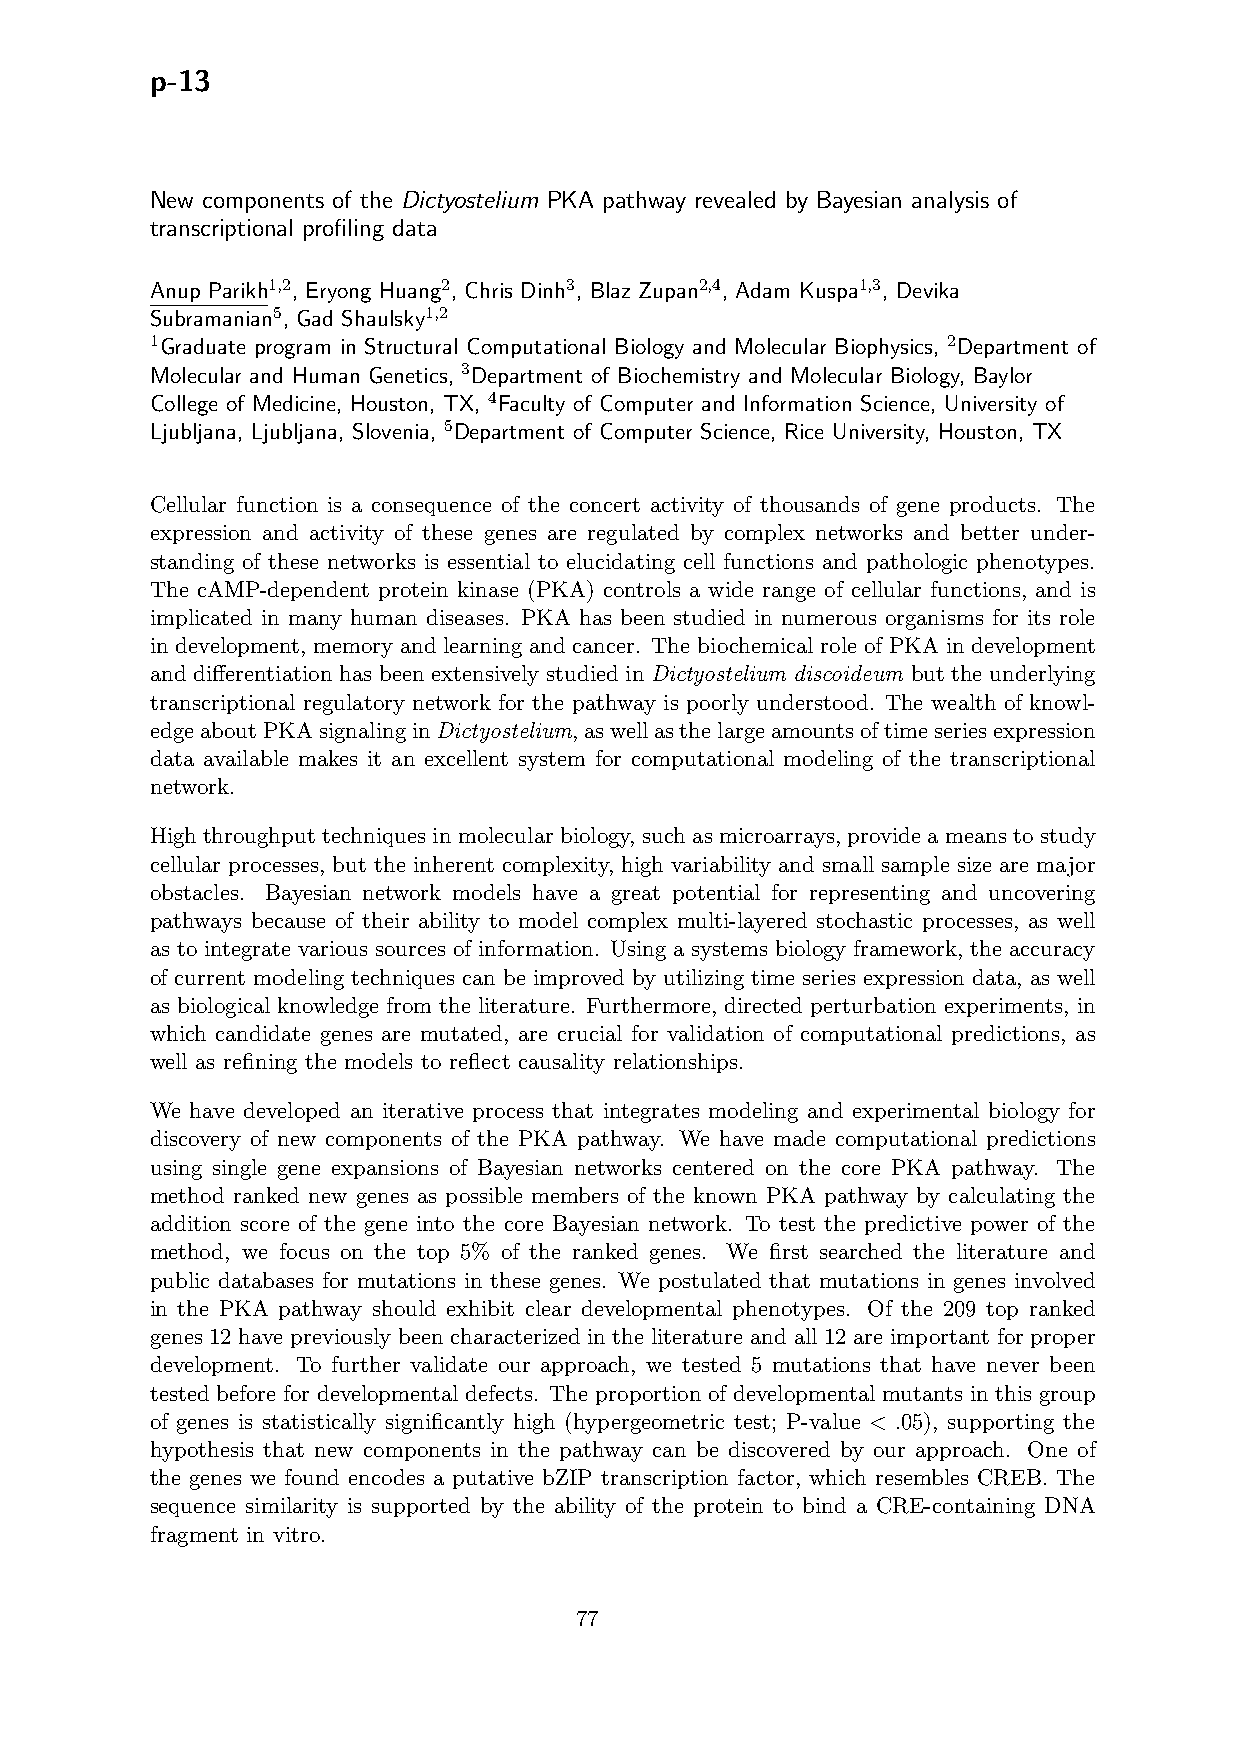
p-13
 New components of the Dictyostelium PKA pathway revealed by Bayesian analysis of
 transcriptional profiling data
 Anup Parikh1,2, Eryong Huang2, Chris Dinh3, Blaz Zupan2,4, Adam Kuspa1,3, Devika
 Subramanian5, Gad Shaulsky1,2
 1Graduate program in Structural Computational Biology and Molecular Biophysics, 2Department of
 Molecular and Human Genetics, 3Department of Biochemistry and Molecular Biology, Baylor
 College of Medicine, Houston, TX, 4Faculty of Computer and Information Science, University of
 Ljubljana, Ljubljana, Slovenia, 5Department of Computer Science, Rice University, Houston, TX
 Cellular function is a consequence of the concert activity of thousands of gene products. The
 expression and activity of these genes are regulated by complex networks and better under-
 standing of these networks is essential to elucidating cell functions and pathologic phenotypes.
 The cAMP-dependent protein kinase (PKA) controls a wide range of cellular functions, and is
 implicated in many human diseases. PKA has been studied in numerous organisms for its role
 in development, memory and learning and cancer. The biochemical role of PKA in development
 and differentiation has been extensively studied in Dictyostelium discoideum but the underlying
 transcriptional regulatory network for the pathway is poorly understood. The wealth of knowl-
 edgeaboutPKAsignalinginDictyostelium,aswellasthelargeamountsoftimeseriesexpression
 data available makes it an excellent system for computational modeling of the transcriptional
 network.
 Highthroughput techniquesin molecular biology, suchasmicroarrays, providea meansto study
 cellular processes, but the inherent complexity, high variability and small sample size are major
 obstacles. Bayesian network models have a great potential for representing and uncovering
 pathways because of their ability to model complex multi-layered stochastic processes, as well
 as to integrate various sources of information. Using a systems biology framework, the accuracy
 of current modeling techniques can be improved by utilizing time series expression data, as well
 as biological knowledge from the literature. Furthermore, directed perturbation experiments, in
 which candidate genes are mutated, are crucial for validation of computational predictions, as
 well as refining the models to reflect causality relationships.
 We have developed an iterative process that integrates modeling and experimental biology for
 discovery of new components of the PKA pathway. We have made computational predictions
 using single gene expansions of Bayesian networks centered on the core PKA pathway. The
 method ranked new genes as possible members of the known PKA pathway by calculating the
 addition score of the gene into the core Bayesian network. To test the predictive power of the
 method, we focus on the top 5% of the ranked genes. We first searched the literature and
 public databases for mutations in these genes. We postulated that mutations in genes involved
 in the PKA pathway should exhibit clear developmental phenotypes. Of the 209 top ranked
 genes 12 have previously been characterized in the literature and all 12 are important for proper
 development. To further validate our approach, we tested 5 mutations that have never been
 tested before for developmental defects. The proportion of developmental mutants in this group
 of genes is statistically significantly high (hypergeometric test; P-value < .05), supporting the
 hypothesis that new components in the pathway can be discovered by our approach. One of
 the genes we found encodes a putative bZIP transcription factor, which resembles CREB. The
 sequence similarity is supported by the ability of the protein to bind a CRE-containing DNA
 fragment in vitro.
 77